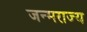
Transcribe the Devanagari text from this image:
जन्मराज्य